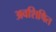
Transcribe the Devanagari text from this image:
अवशिषित